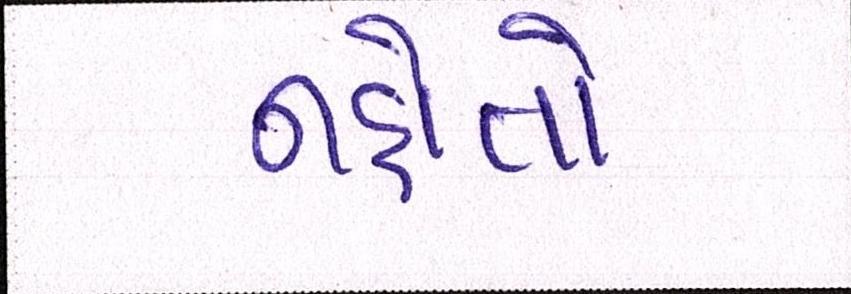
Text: નહોતો